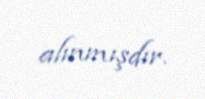
alınmışdır.